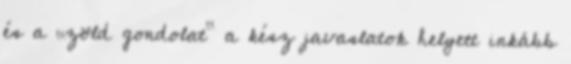
és a „zöld gondolat” a kész javaslatok helyett inkább